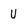
Character: u